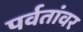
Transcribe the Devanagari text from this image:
पर्वतांवर